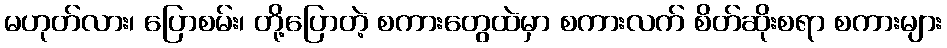
မဟုတ်လား၊ ပြောစမ်း၊ တို့ပြောတဲ့ စကားတွေထဲမှာ စကားလက် စိတ်ဆိုးစရာ စကားများ